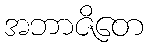
အဘာဇိတေ